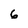
Character: 6